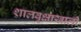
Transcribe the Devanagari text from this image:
शालवृक्षाखाली